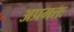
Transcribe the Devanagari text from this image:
अप्रमत्तः